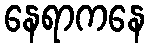
နေရာကနေ